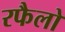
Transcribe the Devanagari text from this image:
रफैलो